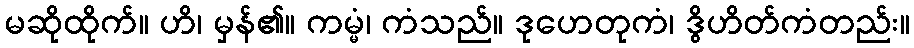
မဆိုထိုက်။ ဟိ၊ မှန်၏။ ကမ္မံ၊ ကံသည်။ ဒုဟေတုကံ၊ ဒွိဟိတ်ကံတည်း။